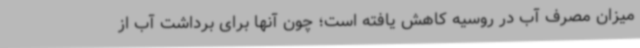
میزان مصرف آب در روسیه کاهش یافته است؛ چون آنها برای برداشت آب از